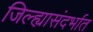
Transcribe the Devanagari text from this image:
जिल्ह्यासंदर्भात